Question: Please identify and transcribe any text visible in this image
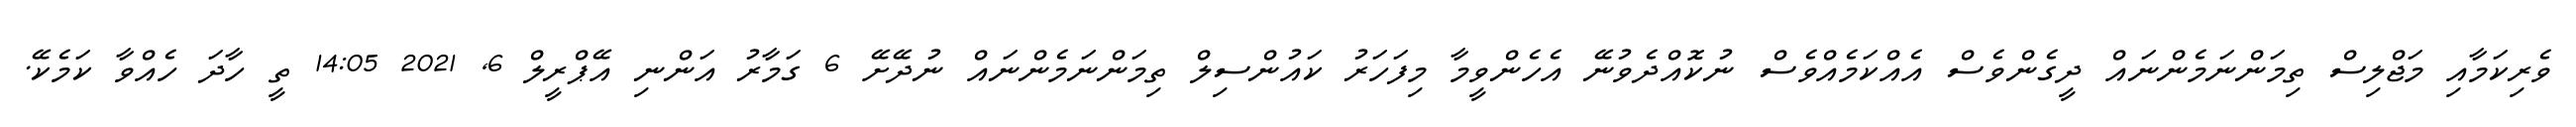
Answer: ވެރިކަމާއި މަޖްލިސް ތިމަންނަމެންނައް ދީގެންވެސް އެއްކަމެއްވެސް ނުކޮއްދެވުނޭ އެހެންވީމާ މިފަހަރު ކައުންސިލް ތިމަންނަމެންނައް ނުދޭށޭ 6 ގަމާރު އަންނި އޭޕްރީލް 6, 2021 14:05 ތީ ހާދަ ހެއްވާ ކަމެކޭ.